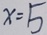
x = 5